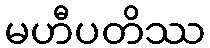
မဟီပတိဿ